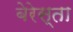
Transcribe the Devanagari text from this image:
बेरेस्ता